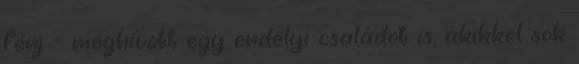
férj - meghívott egy erdélyi családot is, akikkel sok